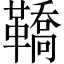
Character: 鞽